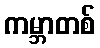
ကမ္ဘာတစ်